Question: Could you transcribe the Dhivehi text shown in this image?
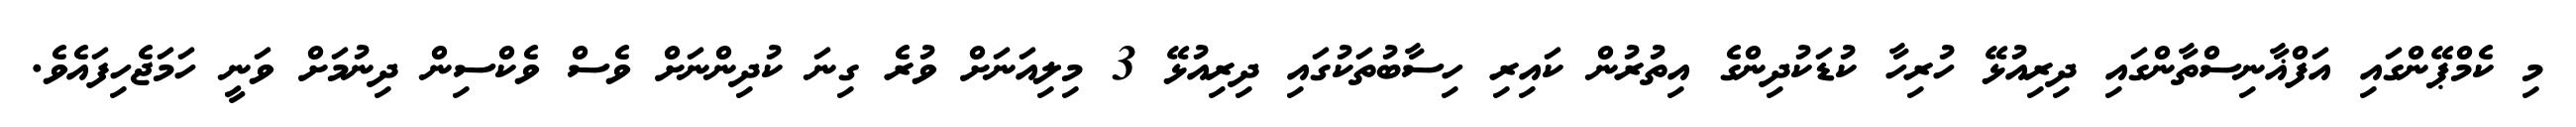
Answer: މި ކެމްޕޭންގައި އަފްޣާނިސްތާންގައި ދިރިއުޅޭ ހުރިހާ ކުޑަކުދިންގެ އިތުރުން ކައިރި ހިސާބުތަކުގައި ދިރިއުޅޭ 3 މިލިއަނަށް ވުރެ ގިނަ ކުދިންނަށް ވެސް ވެކްސިން ދިނުމަށް ވަނީ ހަމަޖެހިފައެވެ.